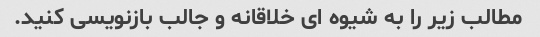
مطالب زیر را به شیوه ای خلاقانه و جالب بازنویسی کنید.